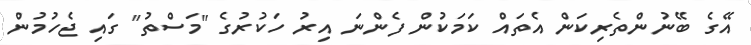
އޭގެ ބޭނުންތެރިކަން އެތައް ކަމަކުން ފެންނަ އިރު ހަކުރުގެ "މަސްތު" ގައި ޖެހުމުން